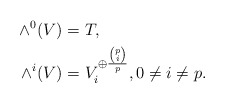
\begin{align*}\wedge^0(V) &= T,\\\wedge^i(V) &= V_i^{\oplus \frac{\binom{p}{i}}{p}},0\neq i \neq p.\end{align*}